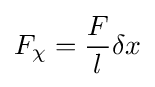
F_{\chi }={\frac {F}{l}}\delta x